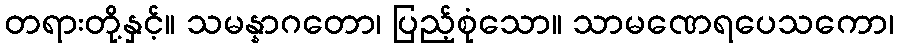
တရားတို့နှင့်။ သမန္နာဂတော၊ ပြည့်စုံသော။ သာမဏေရပေသကော၊